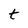
Character: t